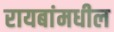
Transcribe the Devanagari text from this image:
रायबांमधील